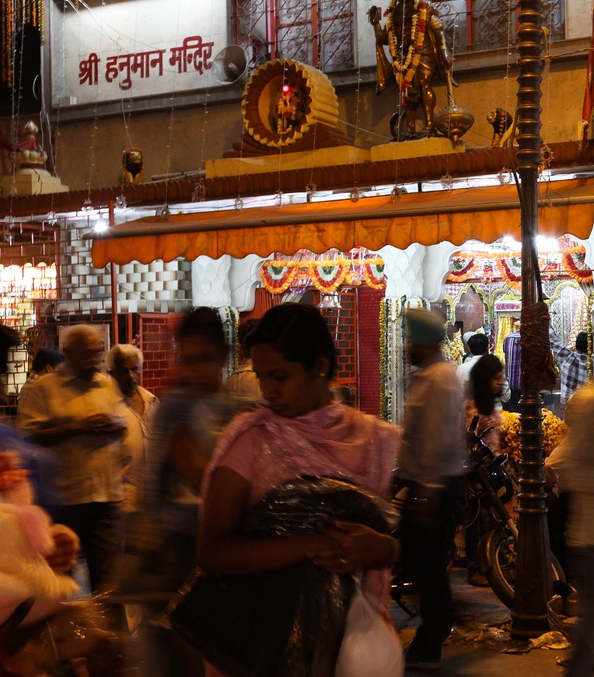
Language: hindi
Transcription: मन्दिर श्री हनुमान